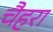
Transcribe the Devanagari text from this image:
चैहरा